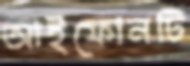
আইফোনটি